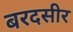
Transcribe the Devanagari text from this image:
बरदसीर